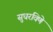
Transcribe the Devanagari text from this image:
सुधरविणे